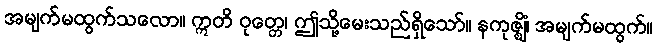
အမျက်မထွက်သလော။ ဣတိ ဝုတ္တေ၊ ဤသို့မေးသည်ရှိသော်။ နကုဇ္ဈိံ၊ အမျက်မထွက်။